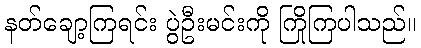
နတ်ချော့ကြရင်း ပွဲဦးမင်းကို ကြိုကြပါသည်။